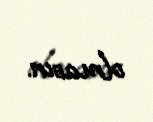
olmasın.